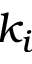
k _ { i }